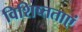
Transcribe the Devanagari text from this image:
विशिष्तताएं